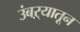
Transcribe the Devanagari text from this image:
उंबऱ्यातून